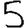
Digit: 5